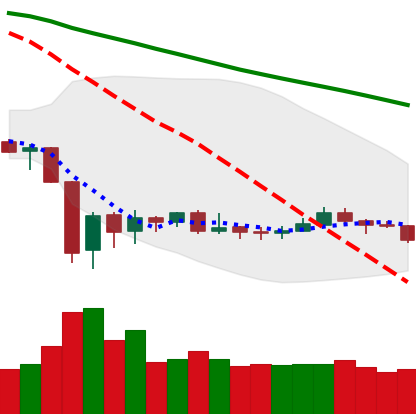
Ticker: XRP-USD
Chart end date: 2020-01-02
Forward return: 13.76%
Label: up_7plus